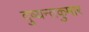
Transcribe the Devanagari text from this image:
दुष्यन्तकुमार